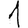
Digit: 1